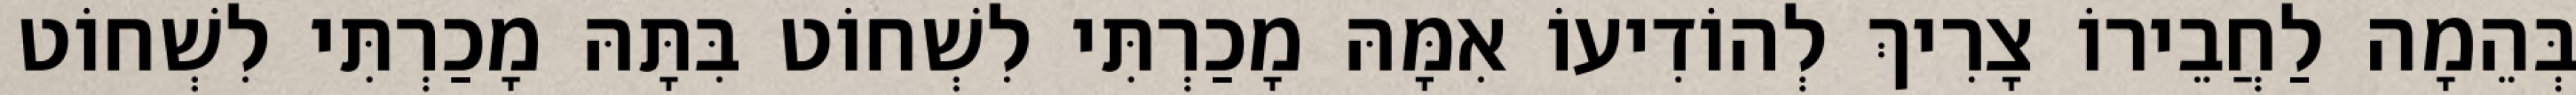
בְּהֵמָה לַחֲבֵירוֹ צָרִיךְ לְהוֹדִיעוֹ אִמָּהּ מָכַרְתִּי לִשְׁחוֹט בִּתָּהּ מָכַרְתִּי לִשְׁחוֹט